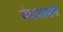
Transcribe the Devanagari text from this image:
जेदायास्वामी